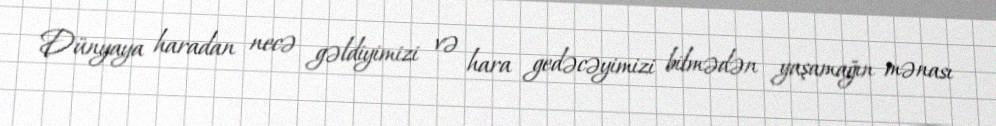
Dünyaya haradan necə gəldiyimizi və hara gedəcəyimizi bilmədən yaşamağın mənası